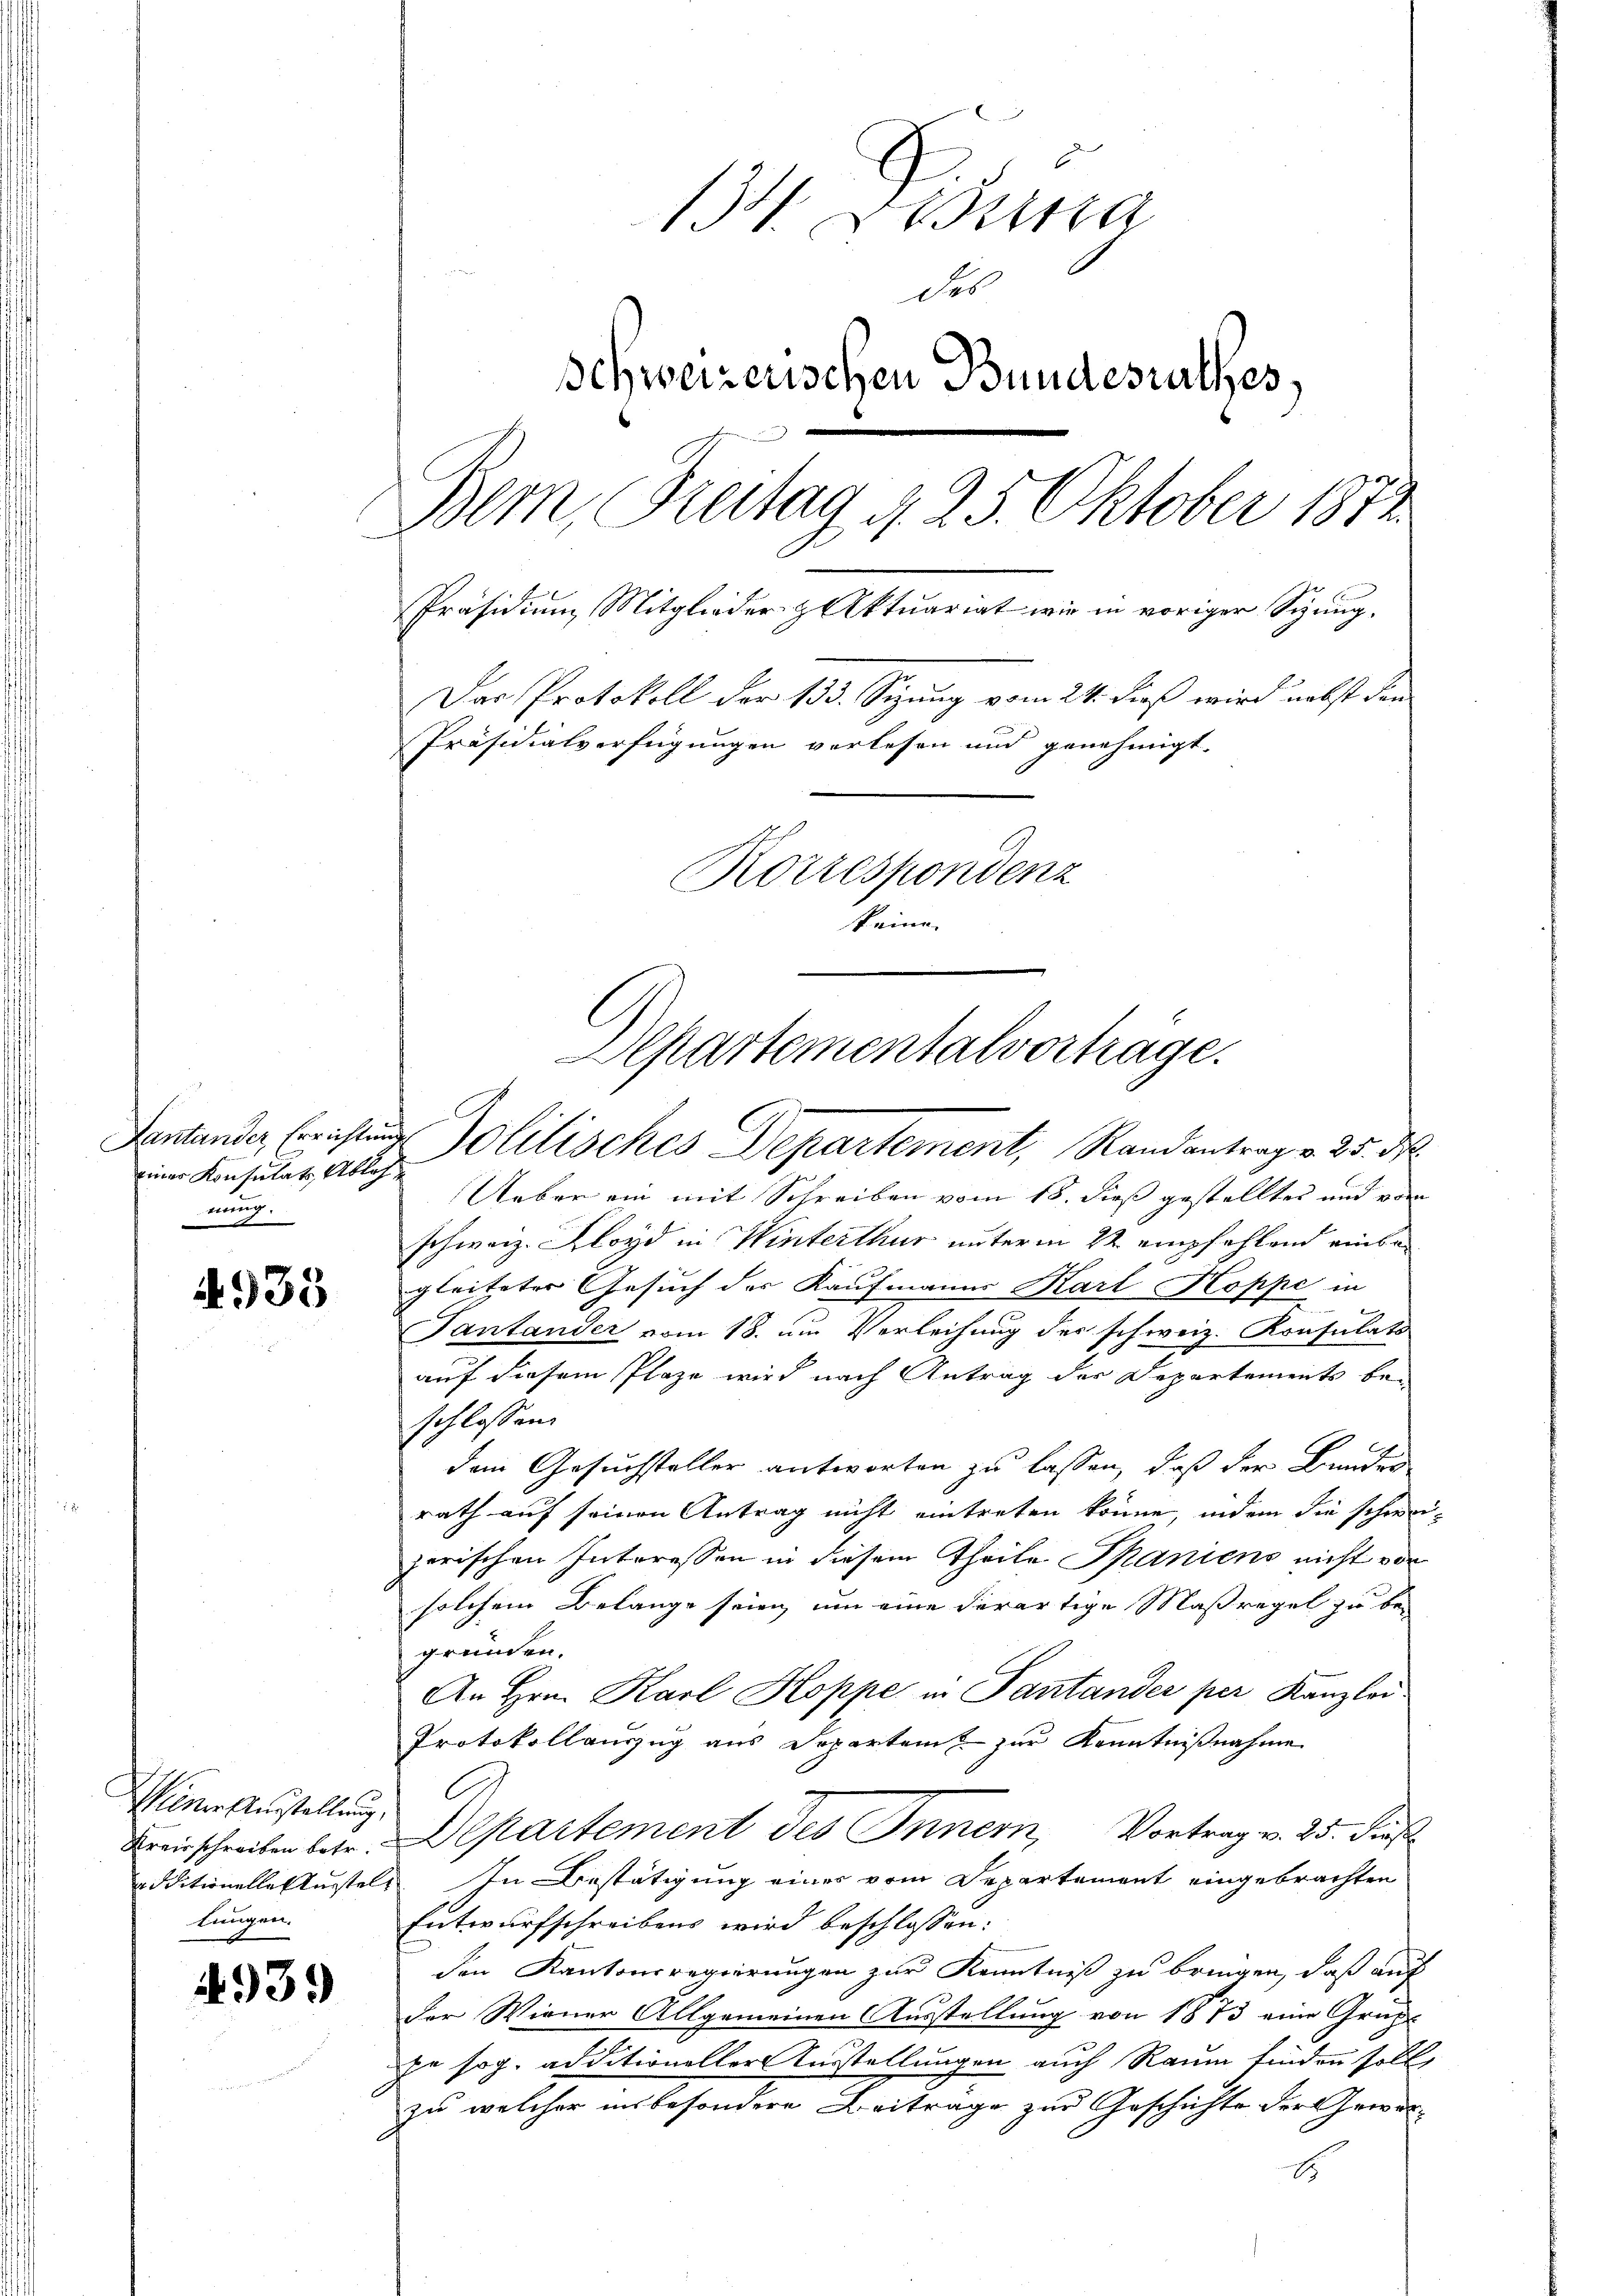
iner Konsulats Ableh
nund
ing.

4935

Weiner Ausstellung
lungen.

1939

134. Disena
des
schweizerischen Bundesrathes,

Bem, Freitag d. 25. Oktober 1874
Präsidium Mitglieder & Aktuariat wir in voriger Sizung.
Das Protokoll der 133. Sizung vom 24. dieß wird nebst den
Präsidialverfügungen verlesen und genehmigt.
Korrespondenz
ten
Departementalvortrage.

Dantender Errichtung Jolitisches Departement, Randantrag v. 25. ds.

Ueber ein mit Schreiben vom 18. dieß gestelltes und von
schweiz. Lloyd in Winterthur unterm 22. empfehlend einbegleiteter Gesuch der Kaufmanns Karl Koppe in
e
Tantander vom 18. um Verleihung der schweiz. Konsulats
auf diesem Plaze wird nach Antrag der Departements bei
schlossen.
dem Gesuchsteller antworten zu lassen, daß der Bunder
rath auf seinen Antrag nicht eintreten könne, indem die schweizerischen Interessen in diesem Theile Spaniens nicht von
solchem Belange stieg um eine derartige Maßregel zu begründen.
An Hrn. Karl Koppe in Pantander per Kanzlei
Protokollauszug aus Departen zur Kenntnißnahme
Kreisschreiben betr. Partement des Innern, Vortrag v. 25. Prof
additionellektustel. In Bestätigung eines vom Departement eingebrachten
Entwurfschreibens wird beschlossen:
den Kantonsregierungen zur Kenntniß zu bringen, daß auf
der Wiener Allgemeinen Ausstellung von 1873 eine Grup-
ja sog. additioneller Ausstellungen auch Raum finden soll,
zu welcher insbesondere Beiträge zur Geschichte der Gewor¬
E